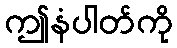
ဤနံပါတ်ကို